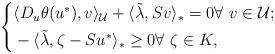
LaTeX: \begin{align*}\left\{\begin{aligned}& \langle D_u\theta(u^*), v\rangle_\mathcal{U} + \langle \tilde{\lambda}, Sv\rangle_{*} = 0\forall\ v\in \mathcal{U};\\& - \langle\tilde{\lambda} ,\zeta - Su^*\rangle_*\geq 0\forall\ \zeta\in K,\\\end{aligned}\right.\end{align*}